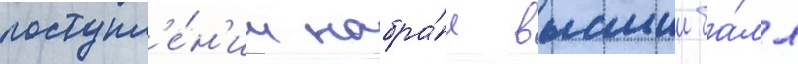
поступл'е́н'ии набра́л высшии ба́лл